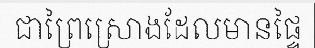
ជាព្រៃស្រោងដែលមានផ្ទៃ